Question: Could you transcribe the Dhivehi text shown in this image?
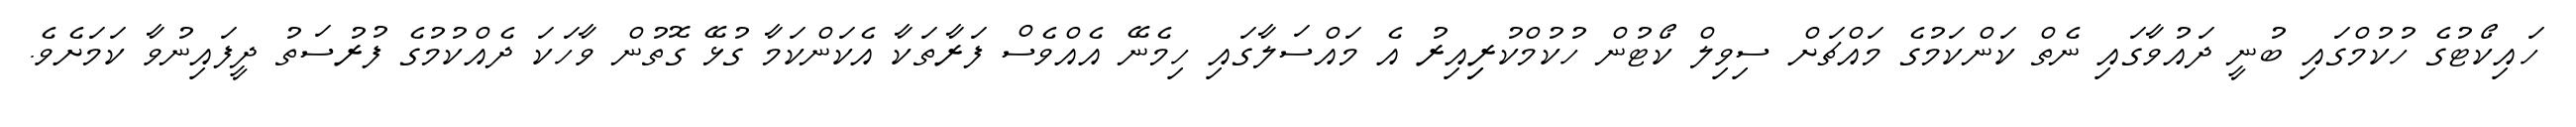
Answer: ހައިކޯޓުގެ ހުކުމްގައި ބުނީ ދައުވާގައި ނެތް ކަންކަމުގެ މައްޗަށް ސިވިލް ކޯޓުން ހުކުމްކުރިިއިރު އެ މައްސަލާގައި ހިމެނޭ އެއްވެސް ފަރާތަކާ އެކަންކަމާ ގުޅޭ ގޮތުން ވާހަކަ ދެއްކުމުގެ ފުރުސަތު ދީފައިނުވާ ކަމަށެވެ.